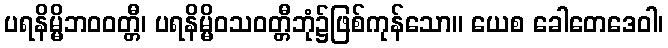
ပရနိမ္မိဘဝဝတ္တီ၊ ပရနိမ္မိဝသဝတ္တီဘုံ၌ဖြစ်ကုန်သော။ ယေစ ခေါတေဒေဝါ၊